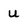
Character: U